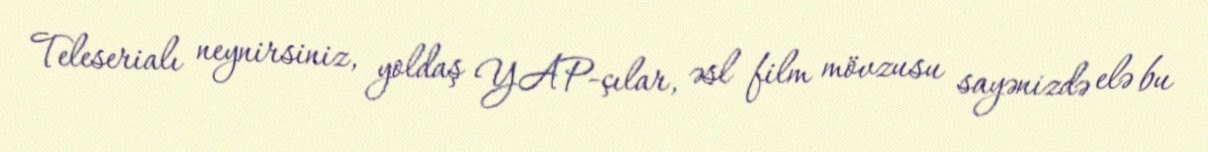
Teleserialı neynirsiniz, yoldaş YAP-çılar, əsl film mövzusu sayənizdə elə bu